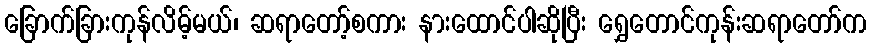
ခြောက်ခြားကုန်လိမ့်မယ်၊ ဆရာတော့်စကား နားထောင်ပါဆိုပြီး ရွှေတောင်ကုန်းဆရာတော်က